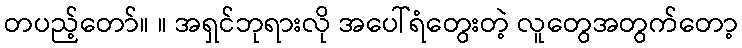
တပည့်တော်။ ။ အရှင်ဘုရားလို အပေါ်ရံတွေးတဲ့ လူတွေအတွက်တော့